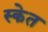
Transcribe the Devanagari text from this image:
स्केत